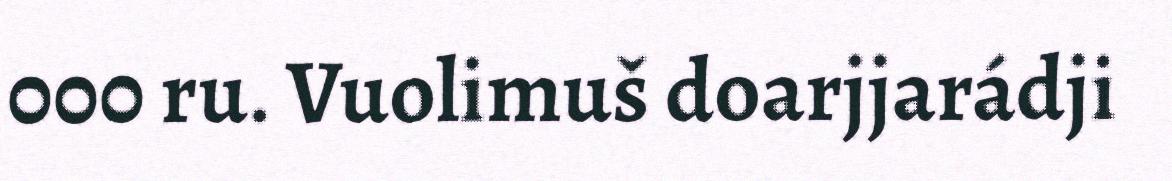
000 ru. Vuolimuš doarjjarádji